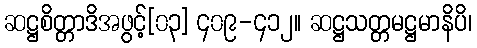
ဆဋ္ဌစိတ္တာဒိအဖွင့်[၀၃] ၄၀၉-၄၁၂။ ဆဋ္ဌသတ္တမဋ္ဌမာနိပိ၊